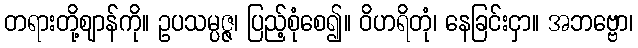
တရားတို့ဈာန်ကို။ ဥပသမ္ပဇ္ဇ၊ ပြည့်စုံစေ၍။ ဝိဟရိတုံ၊ နေခြင်းငှာ။ အဘဗ္ဗော၊